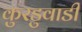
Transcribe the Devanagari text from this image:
कुरडुवाडी